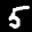
Label: 5